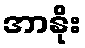
အာနိုး